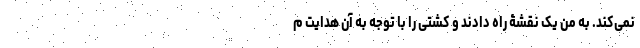
نمی‌کند. به من یک نقشۀ ‌راه دادند و کشتی را با توجه به آن هدایت م